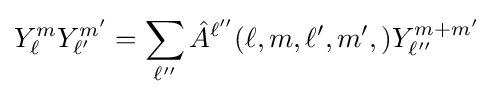
Y_{\ell }^{m}Y_{\ell '}^{m'}=\sum _{\ell ''}{\hat {A}}^{\ell ''}(\ell ,m,\ell ',m',)Y_{\ell ''}^{m+m'}